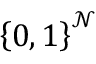
\left\{ 0 , 1 \right\} ^ { \mathcal { N } }